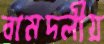
বামদলীয়